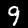
Digit: 9